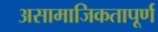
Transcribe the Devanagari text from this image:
असामाजिकतापूर्ण